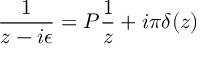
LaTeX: \frac { 1 } { z - i \epsilon } = P \frac { 1 } { z } + i \pi \delta ( z )